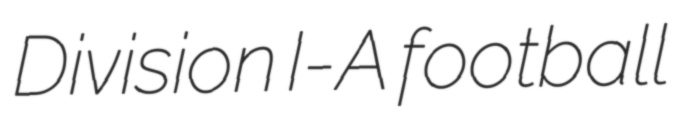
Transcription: Division I-A football